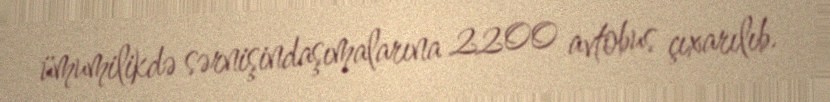
ümumilikdə sərnişindaşımalarına 2200 avtobus çıxarılıb.